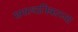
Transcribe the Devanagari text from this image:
समस्थानिकाच्या